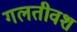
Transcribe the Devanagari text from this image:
गलतीवश